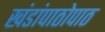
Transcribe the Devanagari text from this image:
खंडांपाठोपाठ